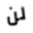
لن